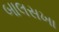
બાલસખા